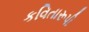
કવિતારૂપી